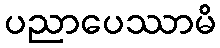
ပညာပေဿာမိ